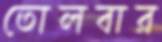
তোলবার